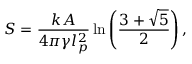
S = \frac { k A } { 4 \pi \gamma l _ { p } ^ { 2 } } \ln \left( \frac { 3 + \sqrt { 5 } } { 2 } \right) ,